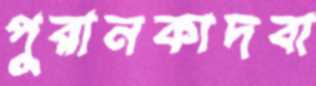
পুরানকাদবা